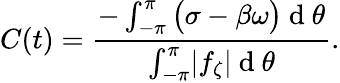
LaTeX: C(t)=\frac{-\int_{-\pi}^{\pi}\big(\sigma-\beta\omega\big)\mathrm{~d~}\theta}{\int_{-\pi}^{\pi}\lvert f_{\zeta}\vert\mathrm{~d~}\theta}.